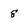
Character: 8